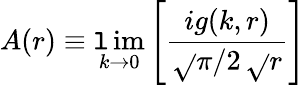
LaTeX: A(r)\equiv\operatorname*{\mathtt{l}im}_{k\to0}\left[{\frac{{ig(k,r)}}{{\sqrt{}{{\pi/2}}\, \sqrt{}{{r}}}}}\right]